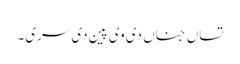
تساں جناں دی وی پین دی سری۔